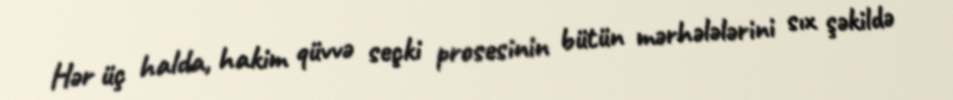
Hər üç halda, hakim qüvvə seçki prosesinin bütün mərhələlərini sıx şəkildə